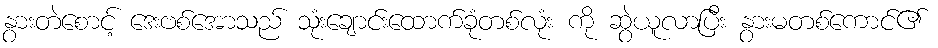
နွားတဲစောင့် ဒေးဗစ်အောသည် သုံးချောင်းထောက်ခုံတစ်လုံး ကို ဆွဲယူလာပြီး နွားမတစ်ကောင်၏